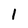
Character: I